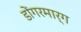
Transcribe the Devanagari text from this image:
डोंगरमार्ग